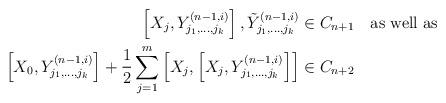
LaTeX: \begin{align*} \left[X_j,Y_{j_1,\dots,j_k}^{(n-1,i)}\right], \tilde Y_{j_1,\dots,j_k}^{(n-1,i)}&\in C_{n+1}\quad\mbox{as well as}\\ \left[X_0,Y_{j_1,\dots,j_k}^{(n-1,i)}\right]+ \frac{1}{2}\sum_{j=1}^m\left[X_j, \left[X_j,Y_{j_1,\dots,j_k}^{(n-1,i)}\right]\right]&\in C_{n+2} \end{align*}